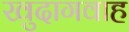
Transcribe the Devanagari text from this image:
खुदागवाह